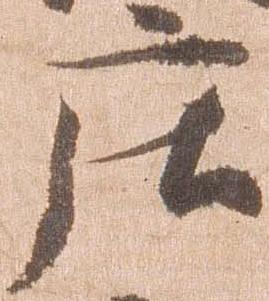
庄